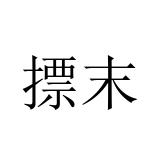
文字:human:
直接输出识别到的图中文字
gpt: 摽末